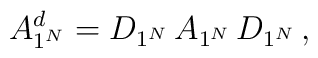
A^d_{1^N} = D_{1^N}\, A_{1^N} \,D_{1^N}\,,